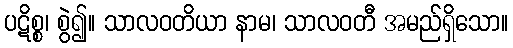
ပဋိစ္စ၊ စွဲ၍။ သာလဝတိယာ နာမ၊ သာလဝတီ အမည်ရှိသော။